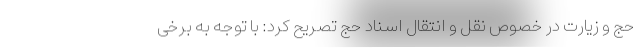
حج و زیارت در خصوص نقل و انتقال اسناد حج تصریح کرد: با توجه به برخی